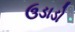
ઉડાડો